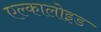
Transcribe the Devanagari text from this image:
एल्कालोइड